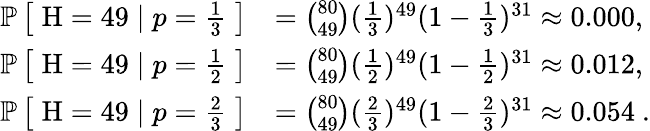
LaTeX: {\begin{array}{rl}{\operatorname{\mathbb{P}}{\bigl[}\; \mathrm{H}=49\mid p={\frac{1}{3}}\; {\bigr]}}&{={\binom{80}{49}}({\frac{1}{3}})^{49}(1-{\frac{1}{3}})^{31}\approx 0.000,}\\ {\operatorname{\mathbb{P}}{\bigl[}\; \mathrm{H}=49\mid p={\frac{1}{2}}\; {\bigr]}}&{={\binom{80}{49}}({\frac{1}{2}})^{49}(1-{\frac{1}{2}})^{31}\approx 0.012,}\\ {\operatorname{\mathbb{P}}{\bigl[}\; \mathrm{H}=49\mid p={\frac{2}{3}}\; {\bigr]}}&{={\binom{80}{49}}({\frac{2}{3}})^{49}(1-{\frac{2}{3}})^{31}\approx 0.054~.}\end{array}}